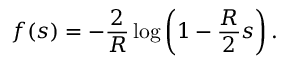
f ( s ) = - \frac { 2 } { R } \log \left( 1 - \frac { R } { 2 } s \right) .